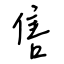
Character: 售